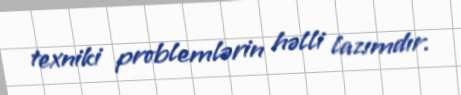
texniki problemlərin həlli lazımdır.